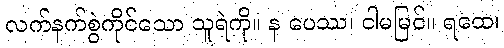
လက်နက်စွဲကိုင်သော သူရဲကို။ န ပေဿ၊ ငါမမြင်။ ရထေ၊